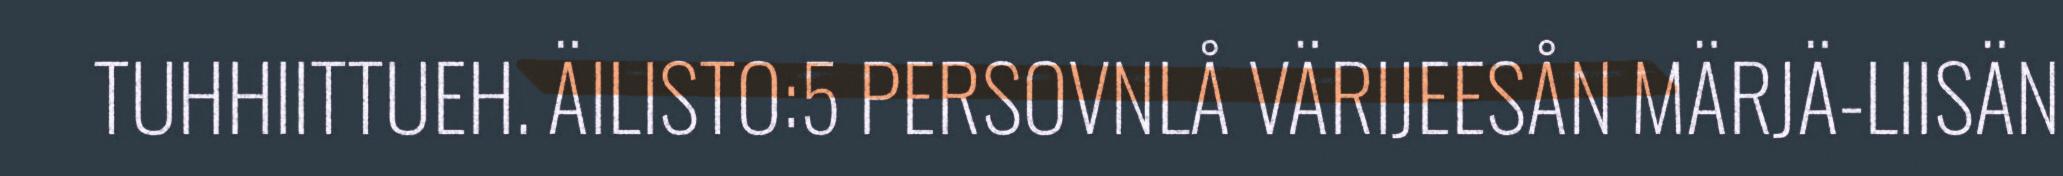
TUHHIITTUEH. ÄILISTO:5 PERSOVNLÅ VÄRIJEESÅN MÄRJÄ-LIISÄN